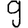
Digit: 9